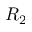
R _ { 2 }